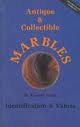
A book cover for Antique and Collectable Marbles; Everett Grist; Crafts, Hobbies & Home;